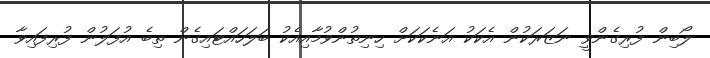
ލޯބިން ފުރިގެންވީ ނަޒަރަކުން އެކަކު އަނެކަކަށް ހިނިތުންވުމާއިއެކުު ބަލަހައްޓައިގެން ތިިިބެ އުފަލުން ފުރިފައިވާ